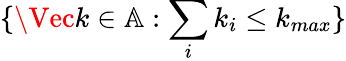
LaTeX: \{ \Vec{k}\in\mathbb{A}:\sum_{i}k_{i}\leq k_{max}\}